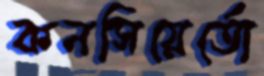
কনসিয়ের্তো